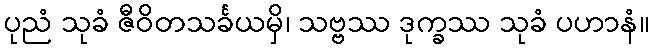
ပုညံ သုခံ ဇီဝိတသင်္ခယမှိ၊ သဗ္ဗဿ ဒုက္ခဿ သုခံ ပဟာနံ။